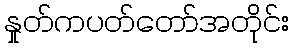
နှုတ်ကပတ်တော်အတိုင်း